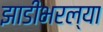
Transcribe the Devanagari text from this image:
झाडीभरल्या